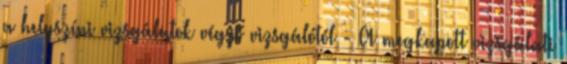
a helyszíni vizsgálatok végző vizsgálótól - A megkapott vizsgálati